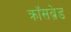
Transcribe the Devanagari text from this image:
क्रॉसब्रेड